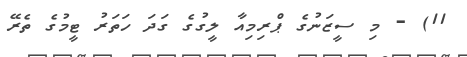
11) - މި ސީޒަނުގެ ޕްރިމިއާ ލީގުގެ ގަދަ ހަތަރު ޓީމުގެ ތެރޭ